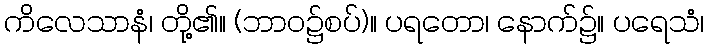
ကိလေသာနံ၊ တို့၏။ (ဘာဝ၌စပ်)။ ပရတော၊ နောက်၌။ ပရေသံ၊